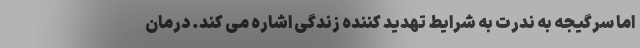
اما سرگیجه به ندرت به شرایط تهدید کننده زندگی اشاره می کند. درمان